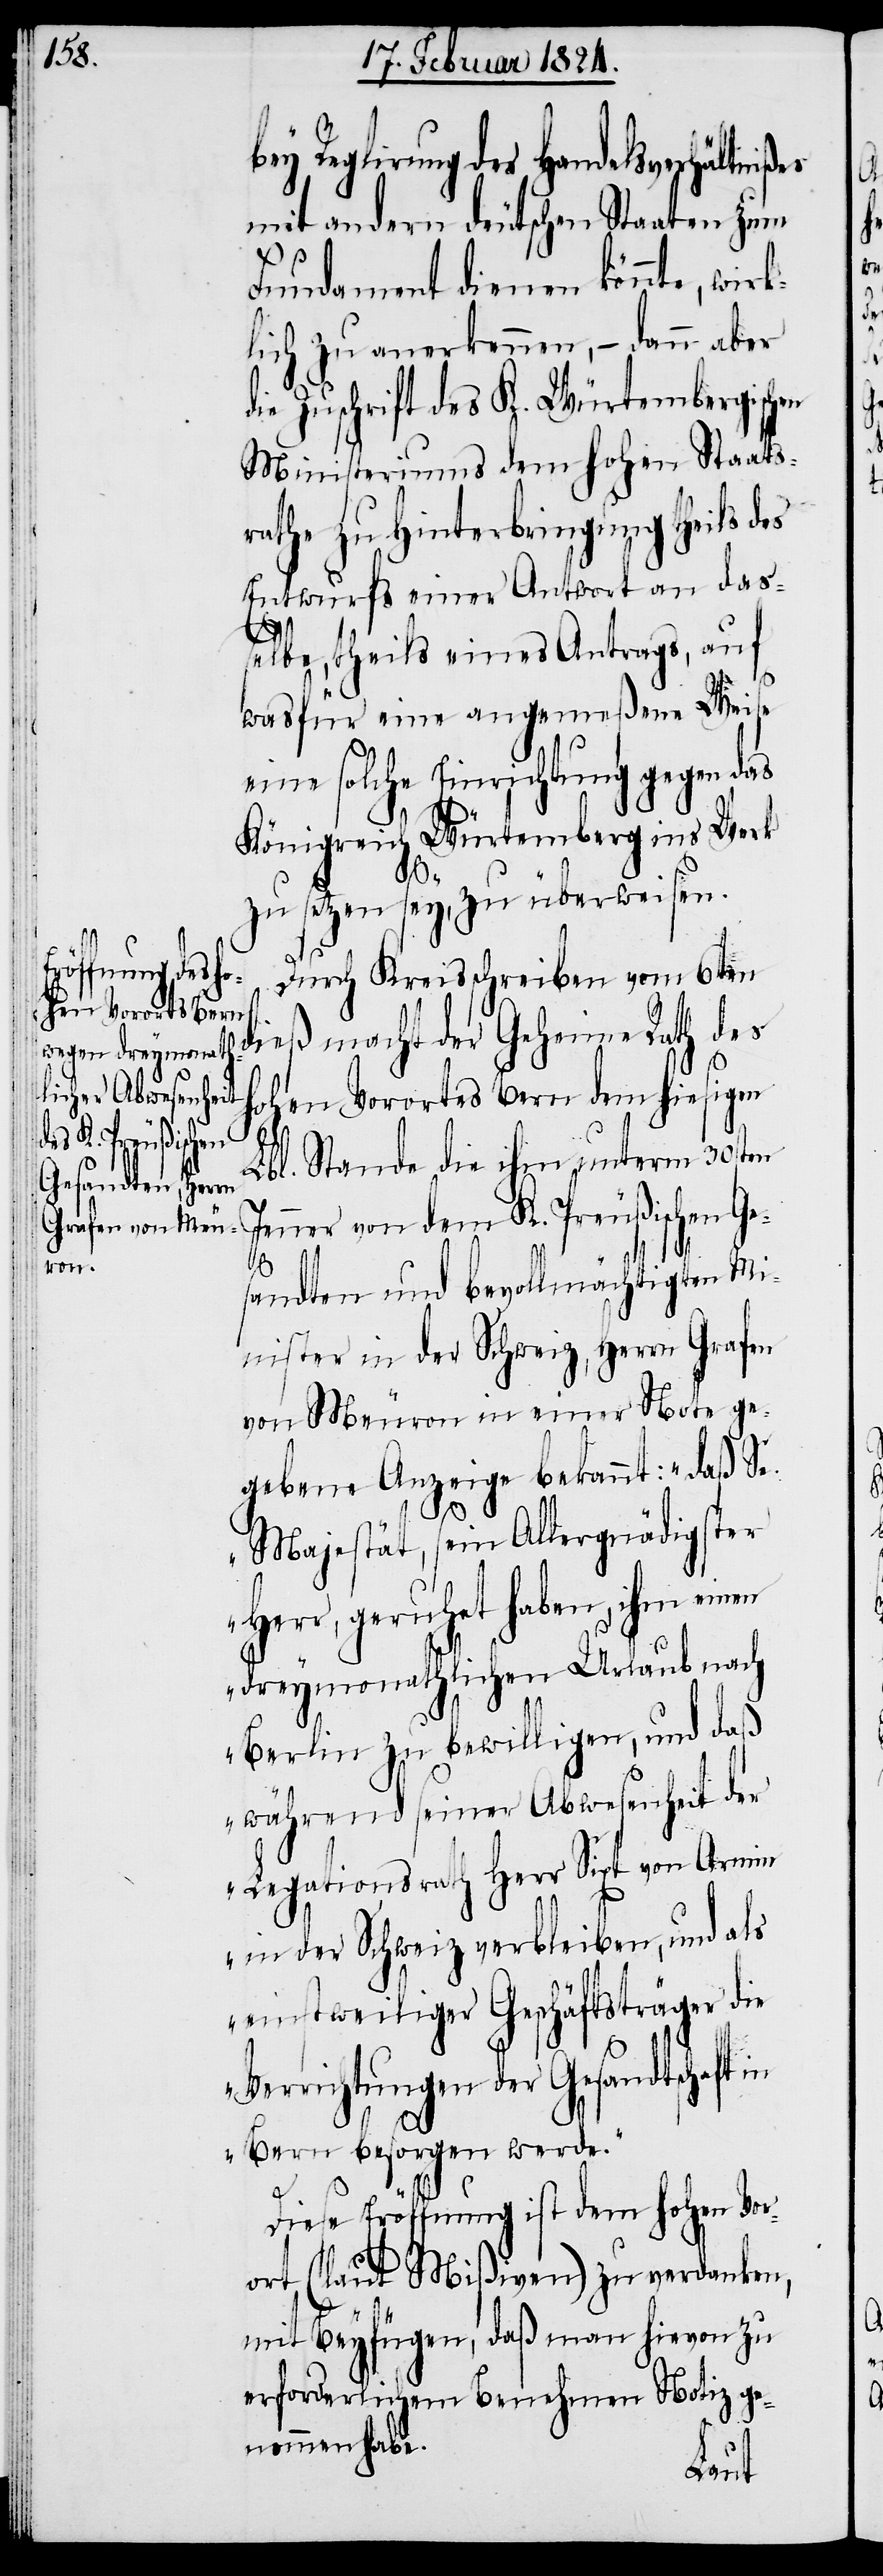
Reglirung des Handelsverhältni¬
mit andern deutschen Staaten zum
Fundament dienen könnte, wirk¬
lich zu anerkennen, – dann aber
die Zuschrift des K. Würtembergischen
Ministeriums dem hohen Staats¬
rathe zu Hinterbringung theils des
Entwurfs einer Antwort an das¬
selbe, theils eines Antrags, auf
was
eine solche Einrichtung gegen das
Königreich Würtemberg ins Werk
zu setzen sey, zu überweisen.
Durch Kreisschreiben vom 6ten
dieß macht der Geheime Rath des
hohen Vororts Bern dem hiesigen
Lbl. Stande die ihm unterm 30sten
Jenner von dem K. Preußischen Ge¬
sandten und bevollmächtigten Mi¬
nister in der Schweiz, Herrn Grafen
von Meuron in einer Note ge¬
gebene Anzeige bekannt: „daß Se.
Majestät, sein Allergnädigster
Herr, geruhet haben, ihm einen
dreymonathlichen Urlaub nach
Berlin zu bewilligen, und daß
während seiner Abwesenheit der
Legationsrath Herr Sixt von Armin
in der Schweiz verbleiben, und als
einstweiliger Geschäftsträger die
Verrichtungen der Gesandtschaft in
Bern besorgen werde.“
Diese Eröffnung ist dem hohen Vor¬
ort (laut Mißiven) zu verdanken,
mit Beyfügen, daß man hievon zu
erforderlichem Benehmen Notiz ge¬
nommen habe.
Weise